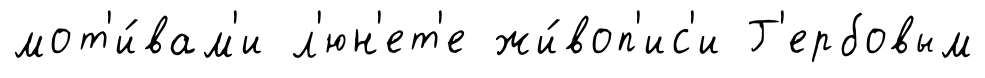
мот'и́вам'и л'юн'ет'е жи́воп'ис'и Г'ербовым